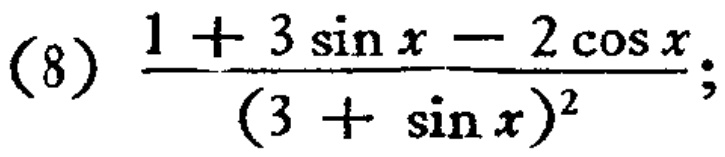
\(\frac{1 + 3\sin x - 2\cos x}{(3 + \sin x)^2}\)